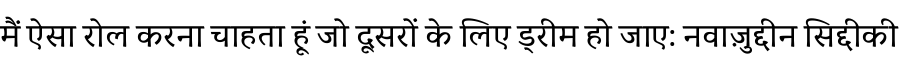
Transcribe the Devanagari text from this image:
मैं ऐसा रोल करना चाहता हूं जो दूसरों के लिए ड्रीम हो जाए: नवाज़ुद्दीन सिद्दीकी